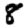
Digit: 8